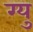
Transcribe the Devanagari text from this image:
ग्यु